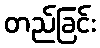
တည်ခြင်း